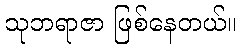
သုဘရာဇာ ဖြစ်နေတယ်။